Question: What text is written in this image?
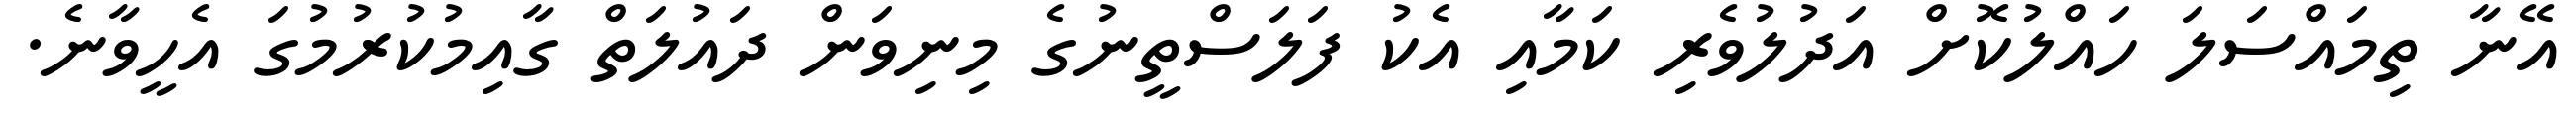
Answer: އޭނާ ތިމައްސަލަ ހައްލުކޮށް އަދުލުވެރި ކަމާއި އެކު ފަލަސްތީނުގެ މިނިވަން ދައުލަތް ގާއިމުކުރުމުގަ އެހީވާނެ.